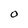
Character: O